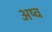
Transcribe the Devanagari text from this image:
अष्व